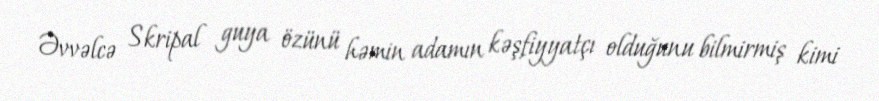
Əvvəlcə Skripal guya özünü həmin adamın kəşfiyyatçı olduğunu bilmirmiş kimi